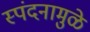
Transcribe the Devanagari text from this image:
स्पंदनामुळे